Annual report on the Civil Veterinary Department, Burma (including the Insein Veterinary School) - 1910-1922
Year: 1910
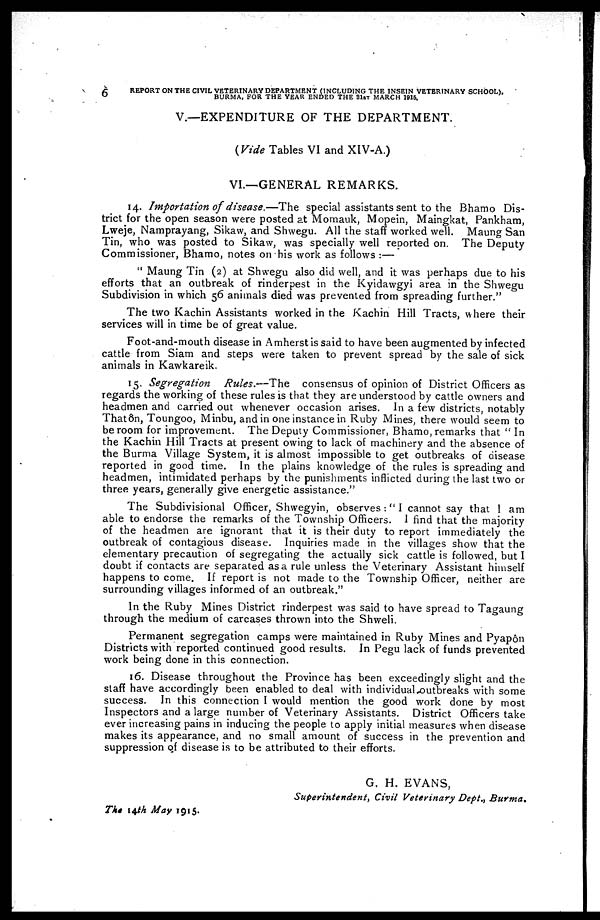
6
REPORT ON THE CIVIL VETERINARY DEPARTMENT (INCLUDING THE 1NSEIN VETERINARY SCHOOL),
BURMA, FOR THE YEAR ENDED THE 31ST MARCH 1915.
V.—EXPENDITURE OF THE DEPARTMENT.
(Vide Tables VI and XIV-A.)
VI.—GENERAL REMARKS.
14. Importation of disease.—The
special assistants sent to the Bhamo Dis-
trict for the open season were posted at Momauk, Mopein, Maingkat, Pankham,
Lweje, Namprayang, Sikaw, and Shwegu. All the staff worked well. Maung San
Tin, who was posted to Sikaw, was specially well reported on. The Deputy
Commissioner, Bhamo, notes on his work as follows :—
"Maung Tin (2) at Shwegu also did well, and it was perhaps due to his
efforts that an outbreak of rinderpest in the Kyidawgyi area in the Shwegu
Subdivision in which 56 animals died was prevented from spreading further."
The two Kachin Assistants worked in the Kachin Hill Tracts, where their
services will in time be of great value.
Foot-and-mouth disease in Amherst is said to have been augmented by infected
cattle from Siam and steps were taken to prevent spread by the sale of sick
animals in Kawkareik.
15. Segregation
Rules.—The
consensus of opinion of District Officers as
regards the working of these rules is that they are understood by cattle owners and
headmen and carried out whenever occasion arises. In a few districts, notably
Thatôn, Toungoo, Minbu, and in one instance in Ruby Mines, there would seem to
be room for improvement. The Deputy Commissioner, Bhamo, remarks that "In
the Kachin Hill Tracts at present owing to lack of machinery and the absence of
the Burma Village System, it is almost impossible to get outbreaks of disease
reported in good time. In the plains knowledge of the rules is spreading and
headmen, intimidated perhaps by the punishments inflicted during the last two or
three years, generally give energetic assistance."
The Subdivisional Officer, Shwegyin, observes:" I cannot say that I am
able to endorse the remarks of the Township Officers. I find that the majority
of the headmen are ignorant that it is their duty to report immediately the
outbreak of contagious disease. Inquiries made in the villages show that the
elementary precaution of segregating the actually sick cattle is followed, but I
doubt if contacts are separated as a rule unless the Veterinary Assistant himself
happens to come. If report is not made to the Township Officer, neither are
surrounding villages informed of an outbreak."
In the Ruby Mines District rinderpest was said to have spread to Tagaung
through the medium of carcases thrown into the Shweli.
Permanent segregation camps were maintained in Ruby Mines and Pyapôn
Districts with reported continued good results. In Pegu lack of funds prevented
work being done in this connection.
16. Disease throughout the Province has been exceedingly slight and the
staff have accordingly been enabled to deal with individual outbreaks with some
success. In this connection I would mention the good work done by most
Inspectors and a large number of Veterinary Assistants. District Officers take
ever increasing pains in inducing the people to apply initial measures when disease
makes its appearance, and no small amount of success in the prevention and
suppression of disease is to be attributed to their efforts.
G. H. EVANS,
Superintendent, Civil Veterinary Dept., Burma.
The 14th May 1915.